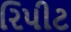
રિપીટ